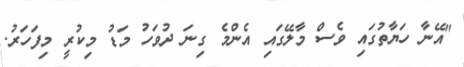
"އޭނާ ހަޔާތުގައި ވެސް މާލޭގައި އެންމެ ގިނަ ދުވަހު މަޑު މިކުރީ މިފަހަރު.